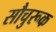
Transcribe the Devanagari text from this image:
सौचुरूक